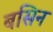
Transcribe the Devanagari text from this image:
बसिन